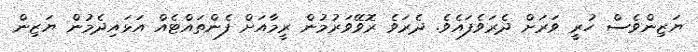
ޔަޒިންވެސް ހުރީ ވަރަށް ދެރަވެފައެވެ. ދެރަވެ ރޮވޭވަރުމުން ރީމާއަށް ފެންތައްޓެއް އަޅައިދެމުން ޔަޒިން